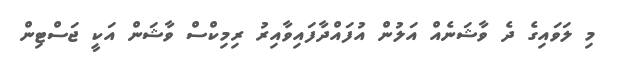
މި ލަވައިގެ ދެ ވާޝަނެއް އަލުން އުފައްދާފައިވާއިރު ރިމިކްސް ވާޝަން އަކީ ޖަސްޓިން